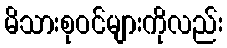
မိသားစုဝင်များကိုလည်း